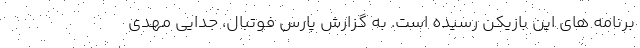
برنامه های این بازیکن رسیده است. به گزارش پارس فوتبال، جدایی مهدی